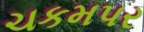
ચકમપર